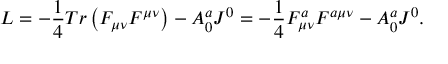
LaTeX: { \cal L } = - \frac { 1 } { 4 } T r \left( { F _ { \mu \nu } F ^ { \mu \nu } } \right) - A _ { 0 } ^ { a } J ^ { 0 } = - \frac { 1 } { 4 } F _ { \mu \nu } ^ { a } F ^ { a \mu \nu } - A _ { 0 } ^ { a } J ^ { 0 } .